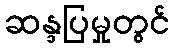
ဆန္ဒပြမှုတွင်